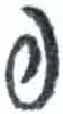
אות: פ